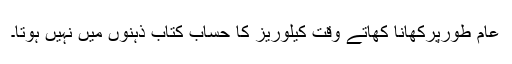
عام طورپرکھانا کھاتے وقت کیلوریز کا حساب کتاب ذہنوں میں نہیں ہوتا۔